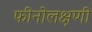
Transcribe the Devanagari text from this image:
फीनोलक्षणी